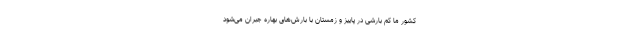
کشور ما کم بارشی در پاییز و زمستان با بارش‌های بهاره جبران می‌شود